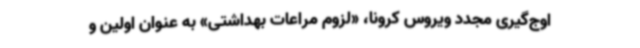
اوج‌گیری مجدد ویروس کرونا، «لزوم مراعات بهداشتی» به عنوان اولین و